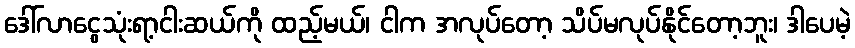
ဒေါ်လာငွေသုံးရာ့ငါးဆယ်ကို ထည့်မယ်၊ ငါက အလုပ်တော့ သိပ်မလုပ်နိုင်တော့ဘူး၊ ဒါပေမဲ့